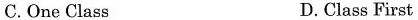
C.One Class D.Class First